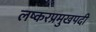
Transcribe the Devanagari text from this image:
लष्करप्रमुखपदी